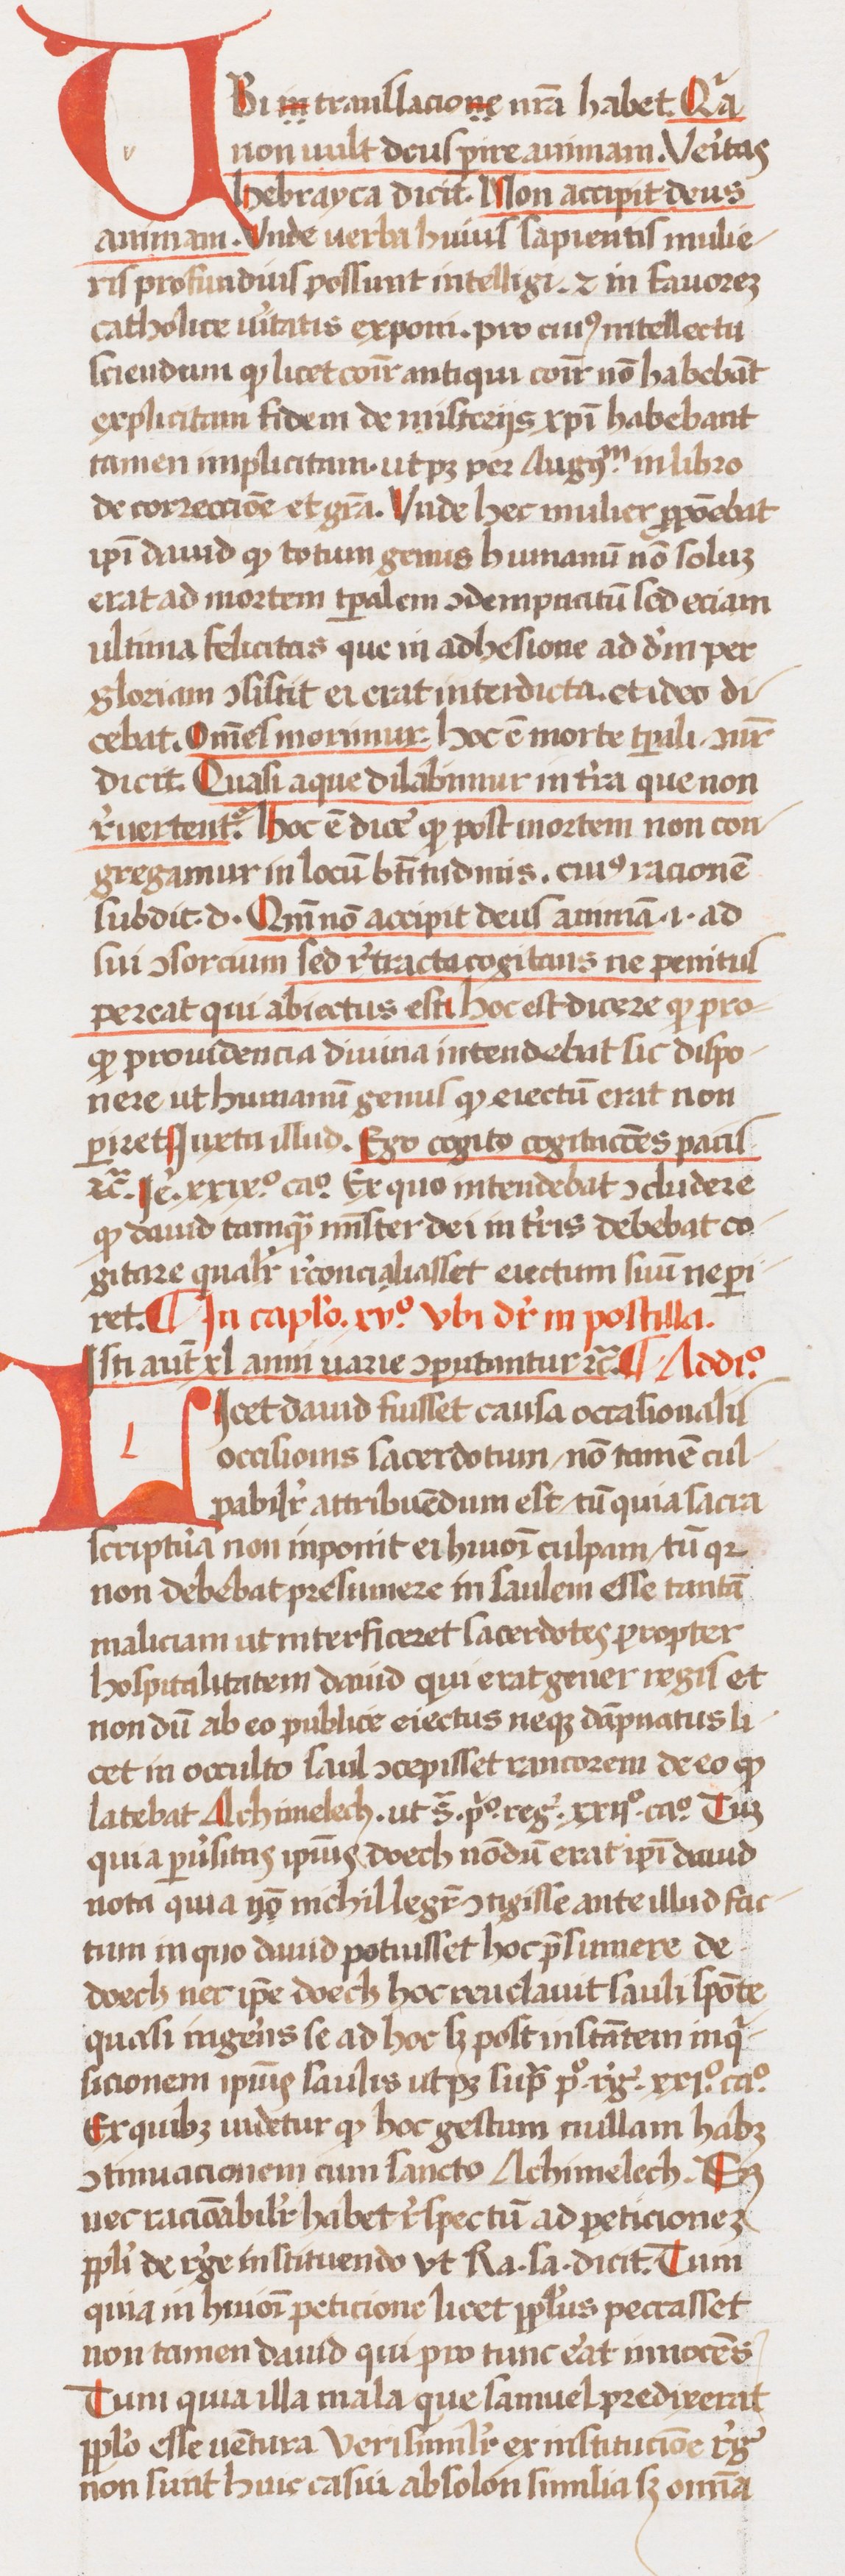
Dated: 1433–1465